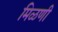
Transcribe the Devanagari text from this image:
मिळणी